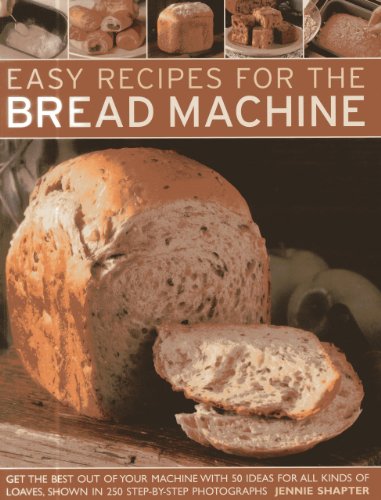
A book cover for Easy Recipes for the Bread Machine: Get the Best Out of Your Bread Machine with 50 Ideas for all Kinds of Loaves, Shown in 250 Step-by-Step Photographs; Jennie Shapter; Cookbooks, Food & Wine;